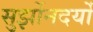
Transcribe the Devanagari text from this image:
सुर्झोनदर्यो